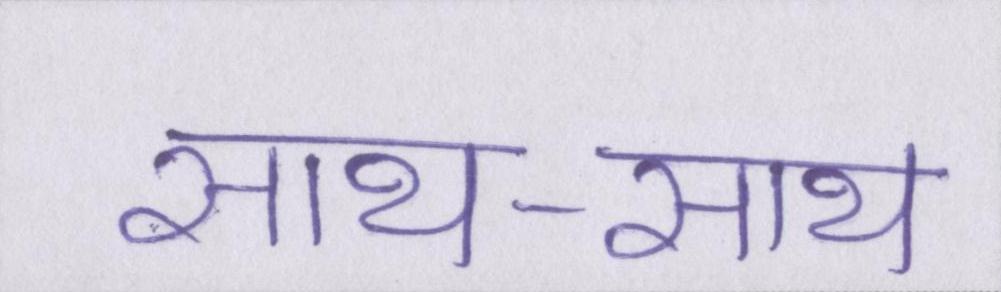
साथ-साथ